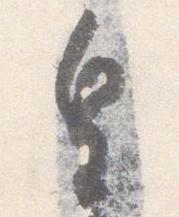
皇